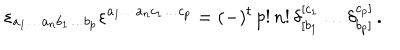
LaTeX: \varepsilon _ { a _ { 1 } \ldots a _ { n } b _ { 1 } \ldots b _ { p } } \varepsilon ^ { a _ { 1 } \ldots a _ { n } c _ { 1 } \ldots c _ { p } } = ( - ) ^ { t } \, p ! \, n ! \, \delta _ { [ b _ { 1 } } ^ { [ c _ { 1 } } \ldots \delta _ { b _ { p } ] } ^ { c _ { p } ] } \, .